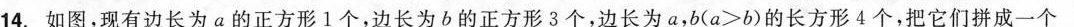
14.如图，现有边长为a的正方形1个，边长为b的正方形3个，边长为a，b($$ a > b$$)的长方形4个，把它们拼成一个